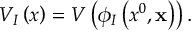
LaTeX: V _ { I } \left( x \right) = V \left( \phi _ { I } \left( x ^ { 0 } , { \bf x } \right) \right) .